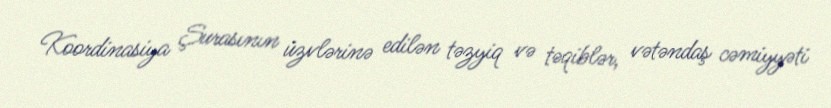
Koordinasiya Şurasının üzvlərinə edilən təzyiq və təqiblər, vətəndaş cəmiyyəti